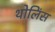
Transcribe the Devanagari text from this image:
थोलिंस